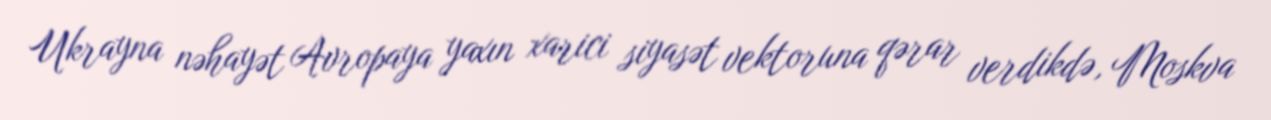
Ukrayna nəhayət Avropaya yaxın xarici siyasət vektoruna qərar verdikdə, Moskva